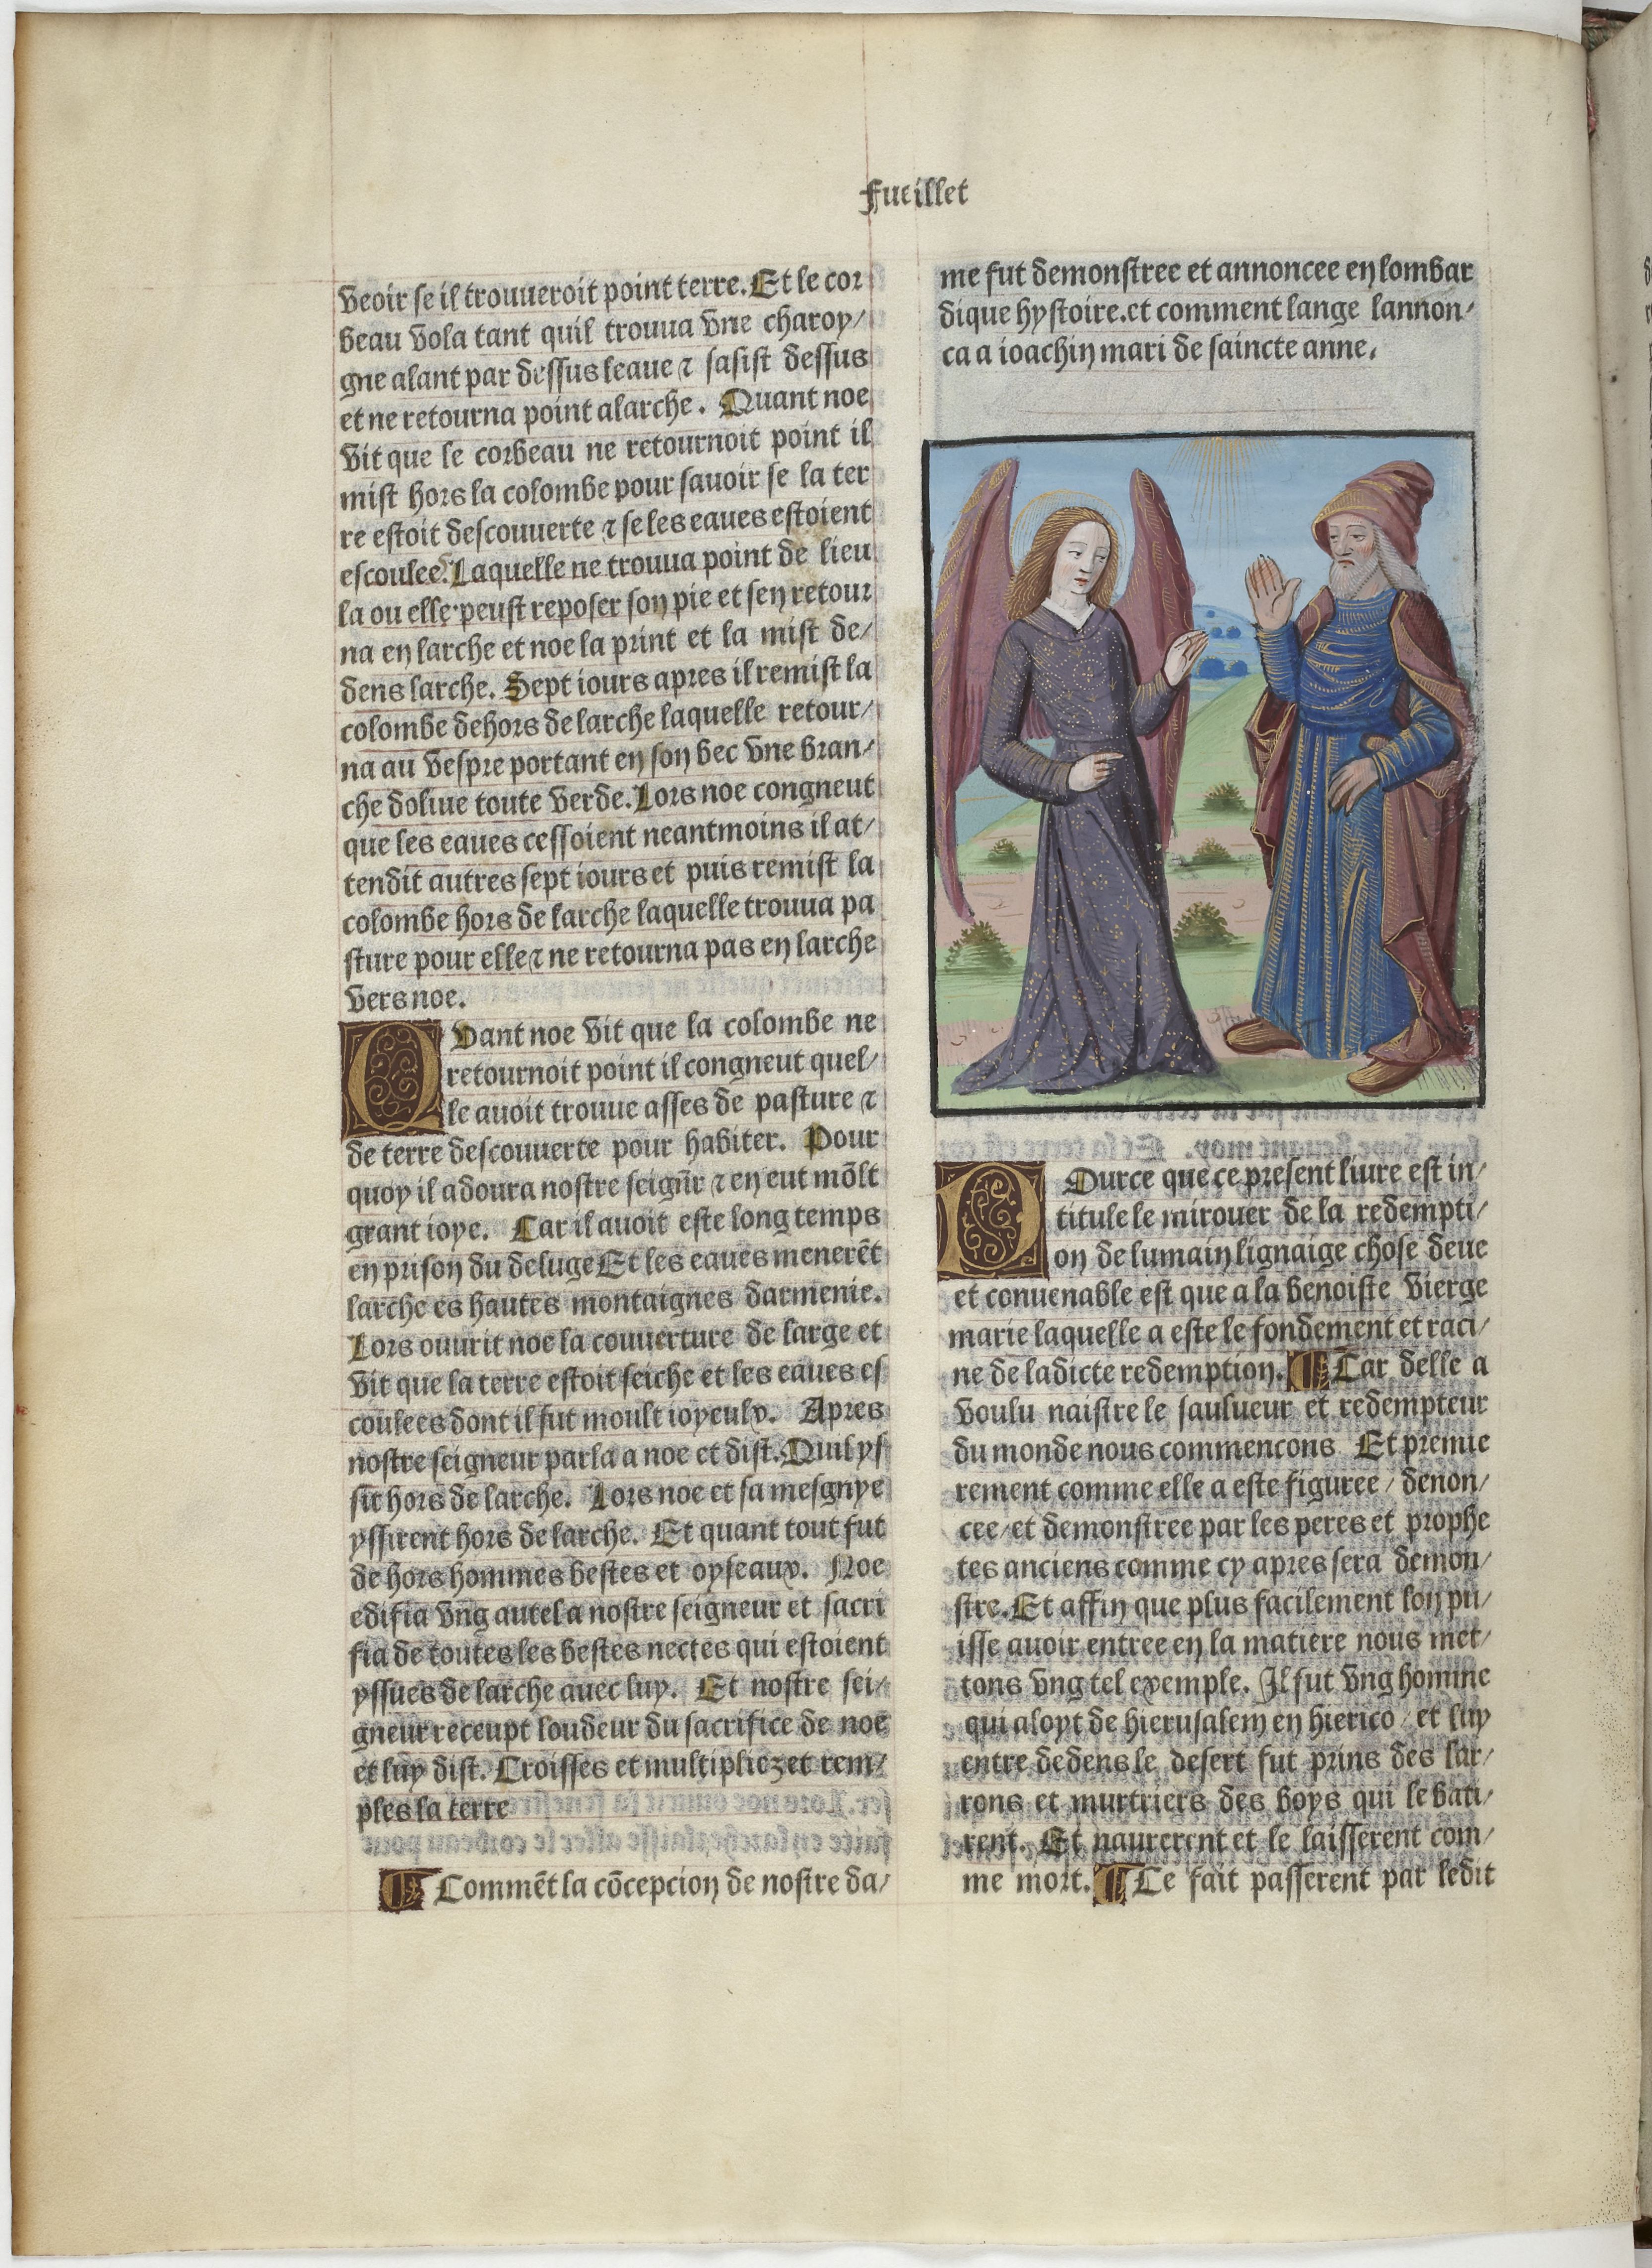
Shelfmark: Paris, BnF, Velins 906
Century: 15